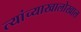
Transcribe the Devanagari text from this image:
त्यांच्याखालोखाल